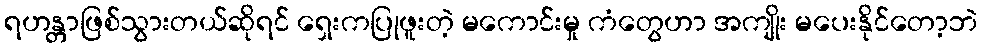
ရဟန္တာဖြစ်သွားတယ်ဆိုရင် ရှေးကပြုဖူးတဲ့ မကောင်းမှု ကံတွေဟာ အကျိုး မပေးနိုင်တော့ဘဲ